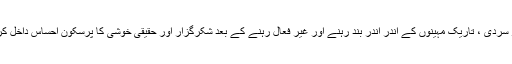
لوگوں کے اندر سردی ، تاریک مہینوں کے اندر اندر بند رہنے اور غیر فعال رہنے کے بعد شکرگزار اور حقیقی خوشی کا پُرسکون احساس داخل کرنے کی طاقت۔